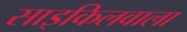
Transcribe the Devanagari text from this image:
साइकिलवाला